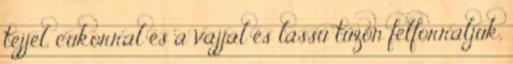
tejjel, cukorral és a vajjal és lassú tűzön felforraljuk,